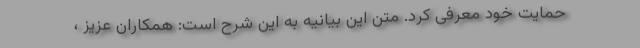
حمایت خود معرفی کرد. متن این بیانیه به این شرح است: همکاران عزیز ،